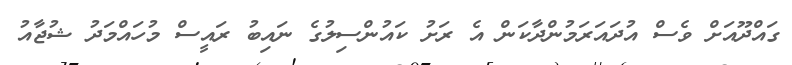
ގައްދޫއަށް ވެސް އުދައަރަމުންދާކަން އެ ރަށު ކައުންސިލުގެ ނައިބު ރައީސް މުހައްމަދު ޝުޖާއު